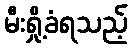
မီးရှို့ခံရသည့်